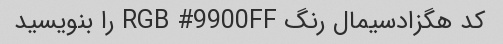
کد هگزادسیمال رنگ RGB #9900FF را بنویسید